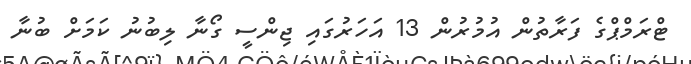
ޓްރަމްޕްގެ ފަރާތުން އުމުރުން 13 އަހަރުގައި ޖިންސީ ގޯނާ ލިބުނު ކަމަށް ބުނާ